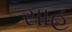
સાહ